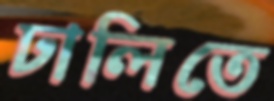
ঢালিতে